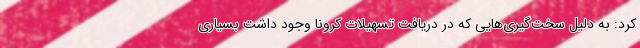
کرد: به دلیل سخت‌گیری‌هایی که در دریافت تسهیلات کرونا وجود داشت بسیاری